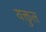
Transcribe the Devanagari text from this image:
यक्तुल